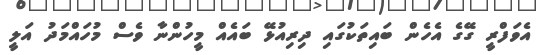
އެވަފްރީ ގޭގެ އެހެން ބައިތަކުގައި ދިރިއުޅޭ ބައެއް މީހުންނާ ވެސް މުހައްމަދު އަލީ